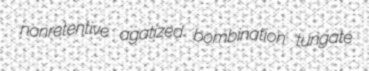
nonretentive agatized bombination tungate